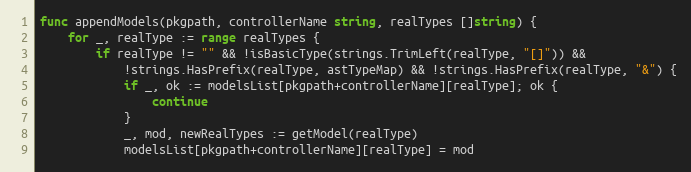
Language: Go
func appendModels(pkgpath, controllerName string, realTypes []string) {
	for _, realType := range realTypes {
		if realType != "" && !isBasicType(strings.TrimLeft(realType, "[]")) &&
			!strings.HasPrefix(realType, astTypeMap) && !strings.HasPrefix(realType, "&") {
			if _, ok := modelsList[pkgpath+controllerName][realType]; ok {
				continue
			}
			_, mod, newRealTypes := getModel(realType)
			modelsList[pkgpath+controllerName][realType] = mod